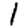
Digit: 1